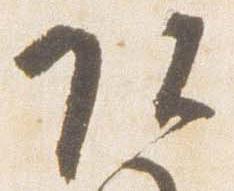
頭